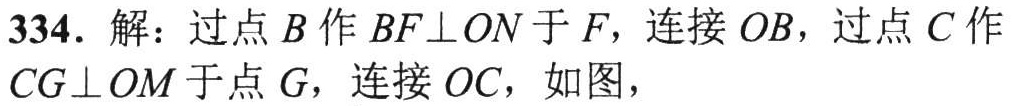
334. 解：过点\(B\)作\(BF\perp ON\)于\(F\)，连接\(OB\)，过点\(C\)作\(CG\perp OM\)于点\(G\)，连接\(OC\)，如图，